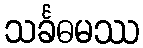
သင်္ခဓမဿ